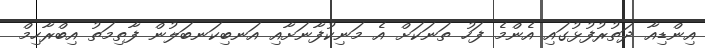
އިންޑިއާ ދަތުރުފުޅުގައި އެންމެ ފަހު ތަނަކަށް އެ މަނިކުފާނަށާއި އަނބިކަނބަލުން ފާތިމަތު އިބްރާހިމް